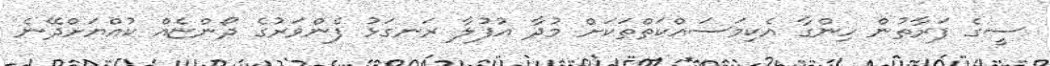
ސީގެ ފަރާތުން ހިންގާ އެކިމަސައްކަތްތަކަށް މުދާ އުފުލާ ރަނގަޅު ފެންވަރުގެ ދޯންޏެއް ކުއްޔަށްދޭނެ